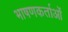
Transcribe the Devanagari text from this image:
भाषणकर्ताओं